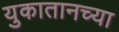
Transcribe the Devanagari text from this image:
युकातानच्या